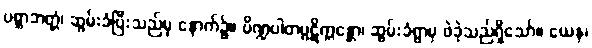
ပစ္ဆာဘတ္တံ၊ ဆွမ်းခံပြီးသည်မှ နောက်၌။ ပိဏ္ဍပါတပ္ပဋိက္ကန္တော၊ ဆွမ်းခံရွာမှ ဖဲခဲ့သည်ရှိသော်။ ယေန၊